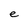
Character: e